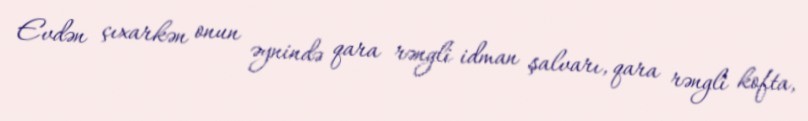
Evdən çıxarkən onun əynində qara rəngli idman şalvarı, qara rəngli kofta,